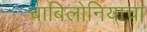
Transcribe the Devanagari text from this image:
बाबिलोनियाचा